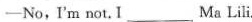
—No，I'm not. I ___ Ma Lili.